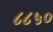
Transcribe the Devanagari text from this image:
८८५०